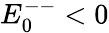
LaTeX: E_{0}^{--}<0